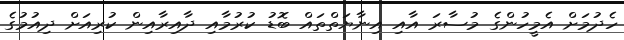
ހެދުމަށް އެމީހުންގެ މުސާރަ އާއިި އިނާޔަތްތައް ބޮޑު ކުރުމާއި ދާއިރާއިން ކުރިއަށް ދިއުމުގެ